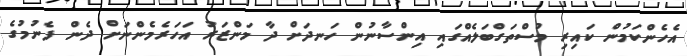
އެހެންކަމުން ކައިރި މުސްތަގްބަލެއްގައި އިންސާނުން ހަނދަށް ދާ މަންޒަރު އަހަރެމެންނަށް ދެން ފެނުމުގެ